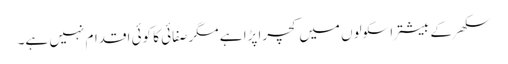
سکھر کے بیشتر اسکولوں میں کچرا پڑا ہے مگرصفائی کا کوئی اقدام نہیں ہے۔